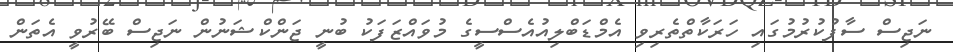
ނަޖިސް ސާފުކުރުމުގައި ހަރަކާތްތެރިވި އެމްޑަބްލިއުއެސްސީގެ މުވައްޒަފަކު ބުނީ ޖަންކްޝަނުން ނަޖިސް ބޭރުވީ އެތަން